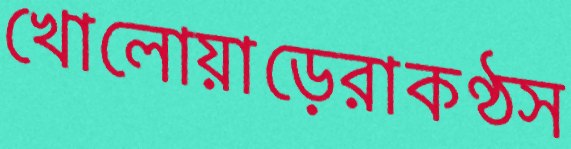
খোলোয়াড়েরাকণ্ঠস